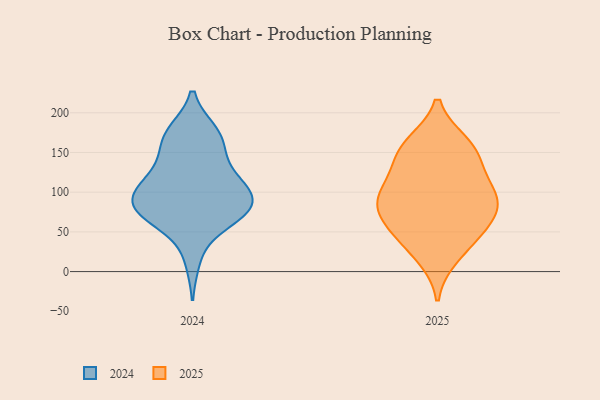
{"axis": {"x": "Headcount", "y": "Value"}, "legend": ["2024", "2025"], "data": [{"x": "", "y": 157, "type": "2024"}, {"x": "", "y": 92, "type": "2024"}, {"x": "", "y": 90, "type": "2024"}, {"x": "", "y": 173, "type": "2024"}, {"x": "", "y": 124, "type": "2024"}, {"x": "", "y": 77, "type": "2024"}, {"x": "", "y": 153, "type": "2024"}, {"x": "", "y": 125, "type": "2024"}, {"x": "", "y": 108, "type": "2024"}, {"x": "", "y": 89, "type": "2024"}, {"x": "", "y": 87, "type": "2024"}, {"x": "", "y": 112, "type": "2024"}, {"x": "", "y": 68, "type": "2024"}, {"x": "", "y": 15, "type": "2024"}, {"x": "", "y": 176, "type": "2024"}, {"x": "", "y": 65, "type": "2024"}, {"x": "", "y": 176, "type": "2024"}, {"x": "", "y": 73, "type": "2024"}, {"x": "", "y": 102, "type": "2024"}, {"x": "", "y": 64, "type": "2024"}, {"x": "", "y": 97, "type": "2025"}, {"x": "", "y": 77, "type": "2025"}, {"x": "", "y": 68, "type": "2025"}, {"x": "", "y": 34, "type": "2025"}, {"x": "", "y": 53, "type": "2025"}, {"x": "", "y": 97, "type": "2025"}, {"x": "", "y": 93, "type": "2025"}, {"x": "", "y": 58, "type": "2025"}, {"x": "", "y": 161, "type": "2025"}, {"x": "", "y": 94, "type": "2025"}, {"x": "", "y": 161, "type": "2025"}, {"x": "", "y": 19, "type": "2025"}, {"x": "", "y": 121, "type": "2025"}, {"x": "", "y": 148, "type": "2025"}, {"x": "", "y": 143, "type": "2025"}]}